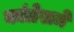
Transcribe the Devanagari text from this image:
कांग्रेसमे